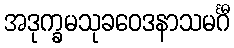
အဒုက္ခမသုခဝေဒနာသမင်္ဂီ